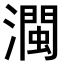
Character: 𤁝